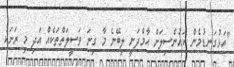
"އަޅުގަނޑުމެން ކައުންސިލަށް އާމްދަނީ ލިބޭނެ މާ ގިނަ ވަސީލަތްތަކެއް އަދި މި ރަށަކު